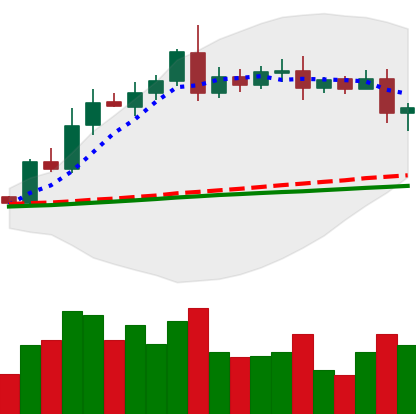
Ticker: LTC-USD
Chart end date: 2020-08-12
Forward return: 21.939%
Label: up_7plus